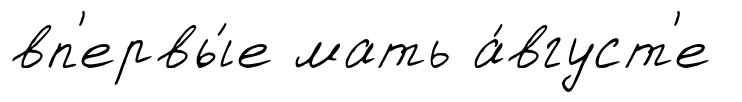
вп'ервы́е мать а́вгуст'е